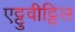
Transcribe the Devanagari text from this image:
एट्टुवीट्टिल